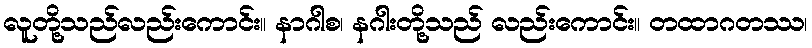
လူတို့သည်လည်းကောင်း။ နာဂါစ၊ နဂါးတို့သည် လည်းကောင်း။ တထာဂတဿ၊